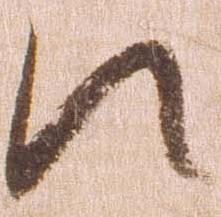
え